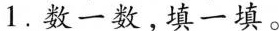
1.数一数，填一填。